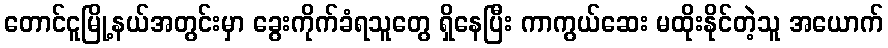
တောင်ငူမြို့နယ်အတွင်းမှာ ခွေးကိုက်ခံရသူတွေ ရှိနေပြီး ကာကွယ်ဆေး မထိုးနိုင်တဲ့သူ အယောက်